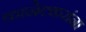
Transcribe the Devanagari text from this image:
कानेटकरांना